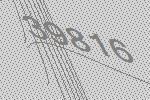
39816